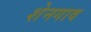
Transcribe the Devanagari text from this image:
शेनगाव